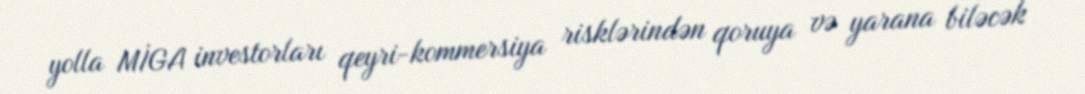
yolla MİGA investorları qeyri-kommersiya risklərindən qoruya və yarana biləcək